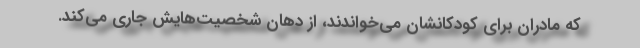
که مادران برای کودکانشان می‌خواندند، از دهان شخصیت‌هایش جاری می‌کند.